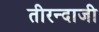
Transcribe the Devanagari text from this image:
तीरन्दाजी